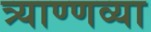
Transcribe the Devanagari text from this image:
त्र्याण्णव्या